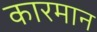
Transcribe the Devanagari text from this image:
कारमान